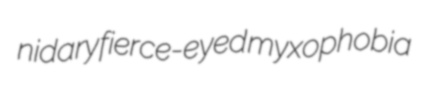
nidary fierce-eyed myxophobia